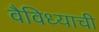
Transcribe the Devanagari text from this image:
वैविध्याची